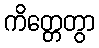
ကိတ္တေတွာ